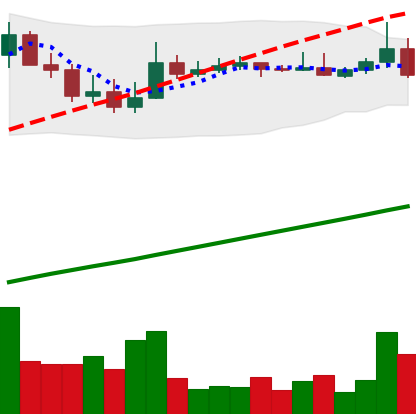
Ticker: ADA-USD
Chart end date: 2021-04-07
Forward return: 11.997%
Label: up_7plus